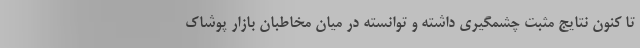
تا کنون نتایج مثبت چشمگیری داشته و توانسته در میان مخاطبان بازار پوشاک